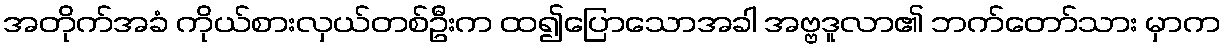
အတိုက်အခံ ကိုယ်စားလှယ်တစ်ဦးက ထ၍ပြောသောအခါ အဗ္ဗဒူလာ၏ ဘက်တော်သား မှာက